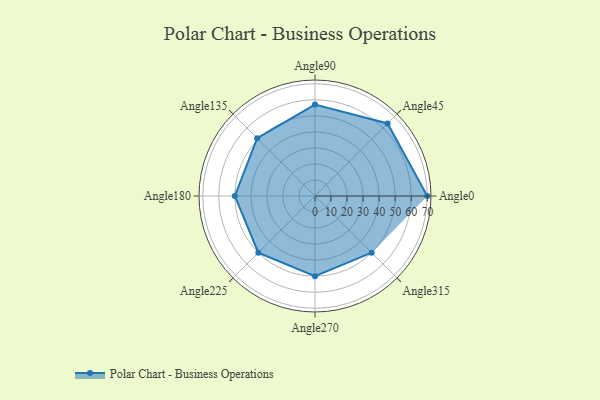
{"axis": {"x": "Angle", "y": "Radius"}, "legend": [""], "data": [{"x": "Angle0", "y": 70.0, "type": ""}, {"x": "Angle45", "y": 64.0, "type": ""}, {"x": "Angle90", "y": 57.0, "type": ""}, {"x": "Angle135", "y": 51.0, "type": ""}, {"x": "Angle180", "y": 50, "type": ""}, {"x": "Angle225", "y": 50, "type": ""}, {"x": "Angle270", "y": 50, "type": ""}, {"x": "Angle315", "y": 50, "type": ""}]}